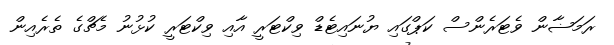
ރަމަޟާން ވެޓަރެންސް ކަޕްގައި ޔުނައިޓެޑް ވިކްޓަރީ އާއި ވިކްޓަރީ ކުޅުނު މެޗްގެ ތެރެއިން